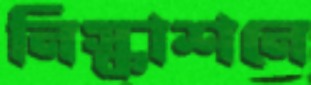
নিস্কাশনে